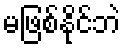
မဖြစ်နိုင်ဘဲ